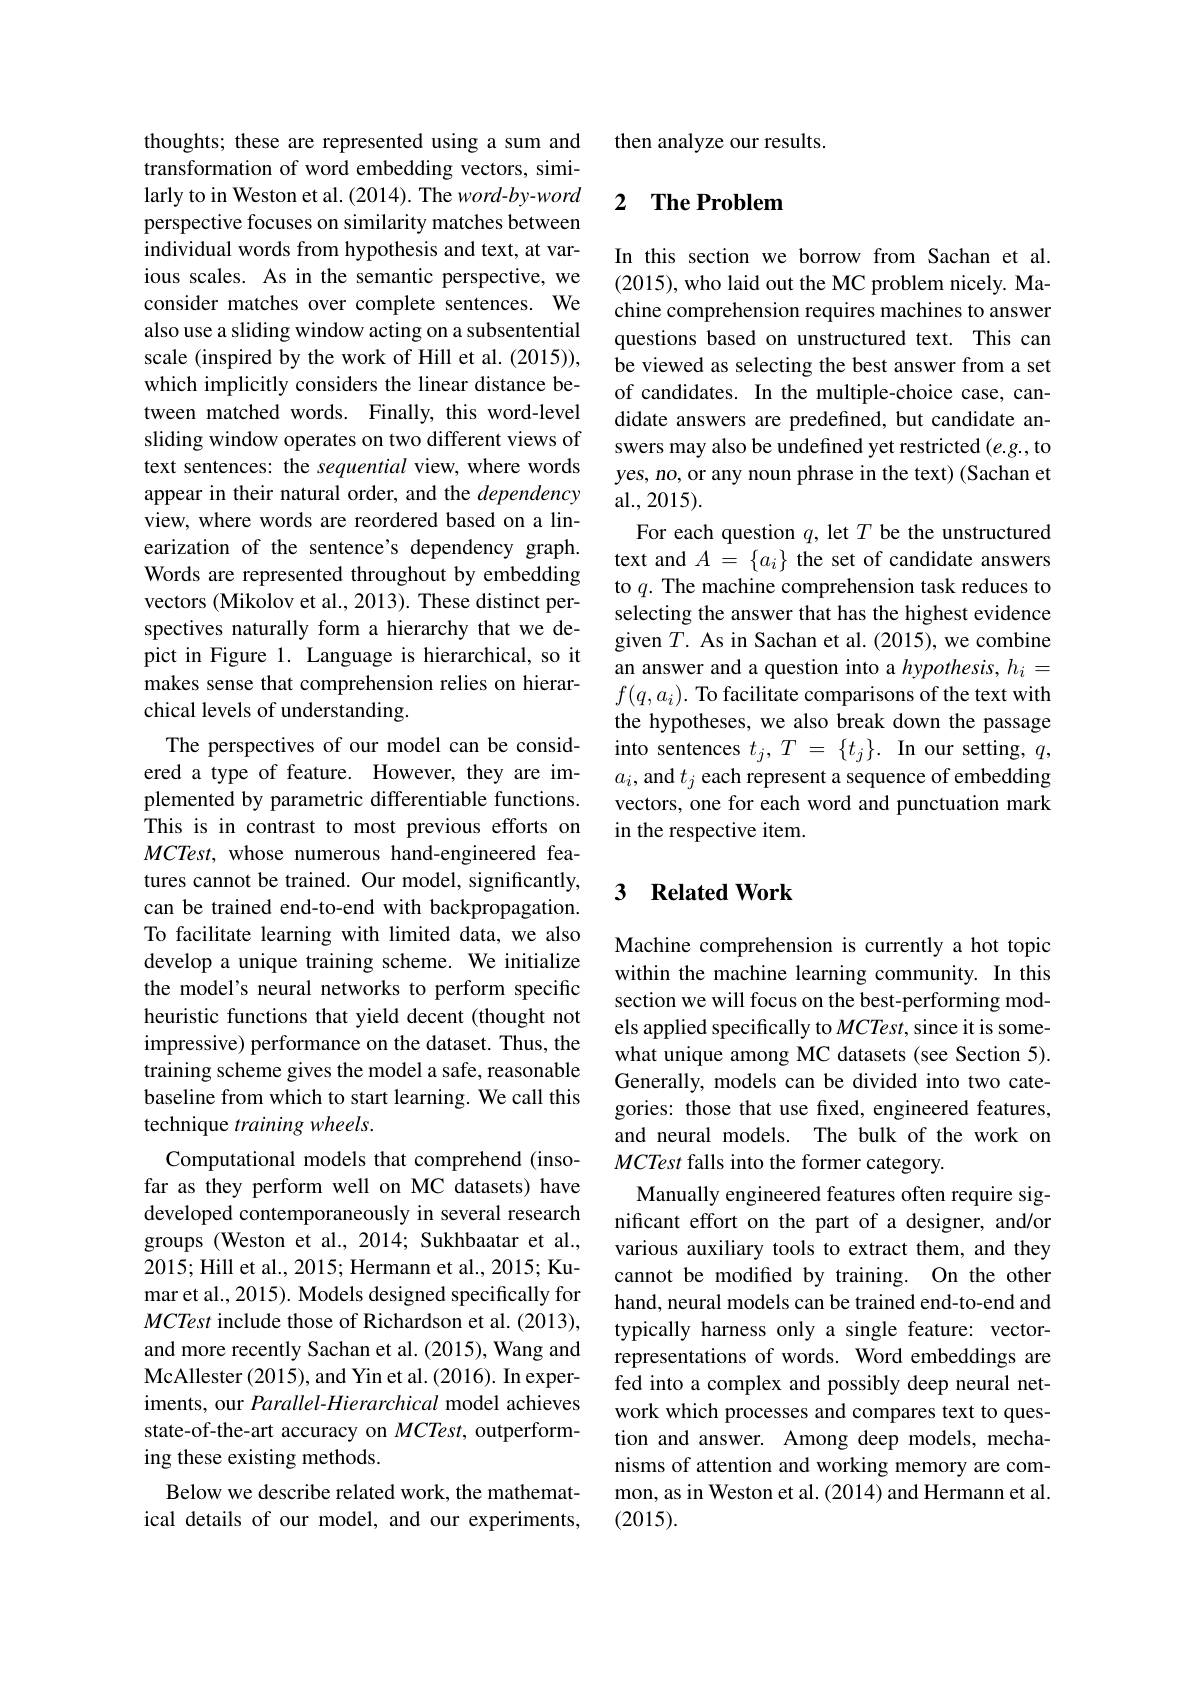
thoughts; these are represented using a sum and transformation of word embedding vectors, similarly to in Weston et al. (2014). The $word-by-word$ perspective focuses on similarity matches between individual words from hypothesis and text, at various scales. As in the semantic perspective, we consider matches over complete sentences. We also use a sliding window acting on a subsentential scale (inspired by the work of Hill et al. (2015)), which implicitly considers the linear distance between matched words. Finally, this word-level sliding window operates on two different views of text sentences: the sequential view, where words appear in their natural order, and the dependency view, where words are reordered based on a linearization of the sentence's dependency graph. Words are represented throughout by embedding vectors (Mikolov et al., 2013). These distinct perspectives naturally form a hierarchy that we depict in Figure 1. Language is hierarchical, so it makes sense that comprehension relies on hierarchical levels of understanding.
The perspectives of our model can be considered a type of feature. However, they are implemented by parametric differentiable functions. This is in contrast to most previous efforts on $MCTest$, whose numerous hand-engineered features cannot be trained. Our model, significantly, can be trained end-to-end with backpropagation. To facilitate learning with limited data, we also develop a unique training scheme. We initialize the model's neural networks to perform specific heuristic functions that yield decent (thought not impressive) performance on the dataset. Thus, the training scheme gives the model a safe, reasonable baseline from which to start learning. We call this technique training wheels.
Computational models that comprehend (insofar as they perform well on MC datasets) have developed contemporaneously in several research groups (Weston et al., 2014; Sukhbaatar et al., 2015; Hill et al., 2015; Hermann et al., 2015; Kumar et al., 2015). Models designed specifically for MCTest include those of Richardson et al. (2013), and more recently Sachan et al. (2015), Wang and McAllester (2015), and Yin et al. (2016). In experiments, our Parallel-Hierarchical model achieves state-of-the-art accuracy on $MCTest$, outperforming these existing methods.
Below we describe related work, the mathematical details of our model, and our experiments,

then analyze our results.

## 2 The Problem

In this section we borrow from Sachan et al. (2015), who laid out the MC problem nicely. Machine comprehension requires machines to answer questions based on unstructured text. This can be viewed as selecting the best answer from a set of candidates. In the multiple-choice case, candidate answers are predefined, but candidate answers may also be undefined yet restricted (e.g., to yes, no, or any noun phrase in the text) (Sachan et al.,2015).
For each question $q$, let $T$ be the unstructured text and $A=\{a_i\}$ the set of candidate answers to $q.$ The machine comprehension task reduces to selecting the answer that has the highest evidence given $T.$ As in Sachan et al. (2015), we combine an answer and a question into a hypothesis, $h_i=$ $f(q,a_i).$ To facilitate comparisons of the text with the hypotheses, we also break down the passage into sentences $t_j, T$ = $\{ t_j\} .$ In our setting, $q$, $a_i$, and $t_j$ each represent a sequence of embedding vectors, one for each word and punctuation mark in the respective item.

### 3 $\textbf{Related Work}$

Machine comprehension is currently a hot topic within the machine learning community. In this section we will focus on the best-performing models applied specifically to $MCTest$, since it is somewhat unique among MC datasets (see Section 5). Generally, models can be divided into two categories: those that use fixed, engineered features, and neural models. The bulk of the work on MCTest falls into the former category.
Manually engineered features often require significant effort on the part of a designer, and/or various auxiliary tools to extract them, and they cannot be modified by training. On the other hand, neural models can be trained end-to-end and typically harness only a single feature: vectorrepresentations of words. Word embeddings are fed into a complex and possibly deep neural network which processes and compares text to question and answer. Among deep models, mechanisms of attention and working memory are common, as in Weston et al. (2014) and Hermann et al. (2015).